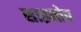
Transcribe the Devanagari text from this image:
साइनोप